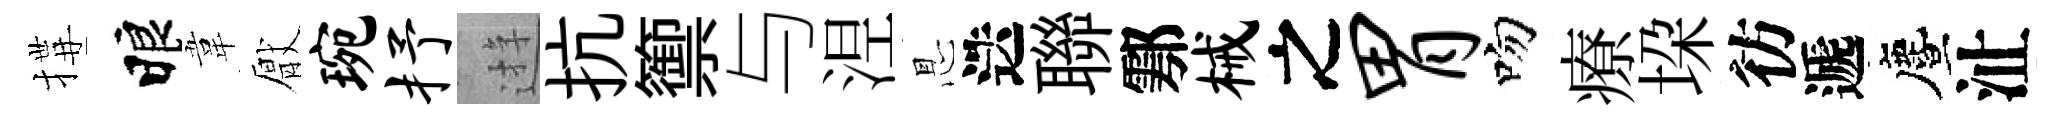
搆睱韋厭琬抒逰抗籞与𣵀㤙迭聯鄠械之胃吻療垜彷遞󵨌沚